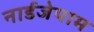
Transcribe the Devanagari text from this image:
नार्डजेपाम